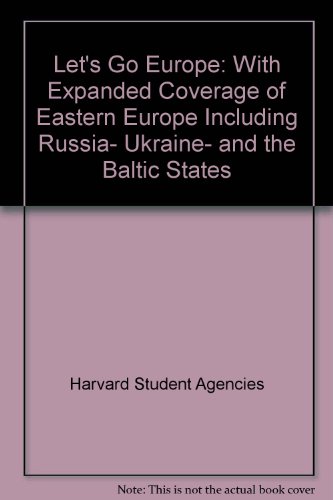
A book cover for Let's Go Europe: With Expanded Coverage of Eastern Europe Including Russia, Ukraine, and the Baltic States; Harvard Student Agencies; Travel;